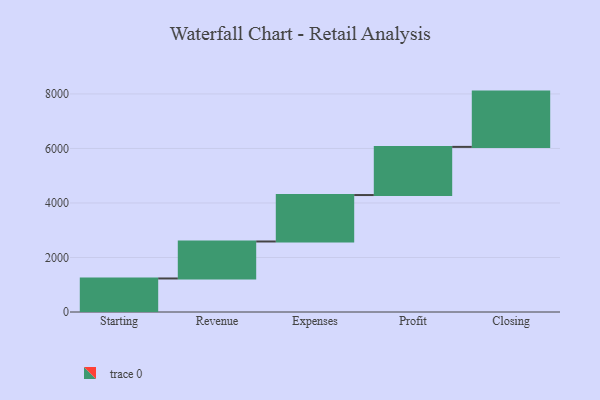
{"axis": {"x": "Step", "y": "Value"}, "legend": [""], "data": [{"x": "Starting", "y": 1230.0, "type": ""}, {"x": "Revenue", "y": 1357.0, "type": ""}, {"x": "Expenses", "y": 1704.0, "type": ""}, {"x": "Profit", "y": 1767.0, "type": ""}, {"x": "Closing", "y": 2028.0, "type": ""}]}